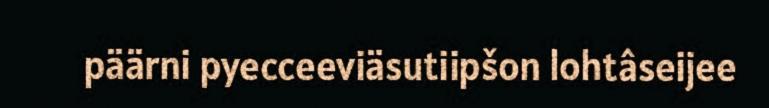
päärni pyecceeviäsutiipšon lohtâseijee